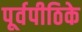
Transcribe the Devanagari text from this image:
पूर्वपीठिके